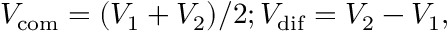
V _ { \mathrm { c o m } } = ( V _ { 1 } + V _ { 2 } ) / 2 ; V _ { \mathrm { d i f } } = V _ { 2 } - V _ { 1 } ,